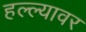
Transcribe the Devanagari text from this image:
हल्ल्यावर